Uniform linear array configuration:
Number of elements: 64
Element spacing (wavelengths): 0.75
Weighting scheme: kaiser
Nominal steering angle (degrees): -30
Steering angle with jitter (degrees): -29.458
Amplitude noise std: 0.05
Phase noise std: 0.05

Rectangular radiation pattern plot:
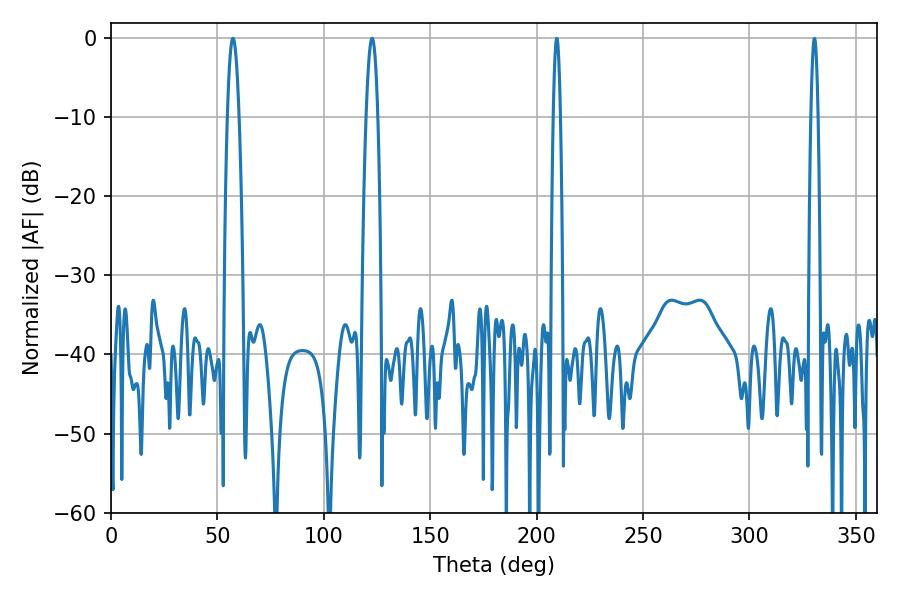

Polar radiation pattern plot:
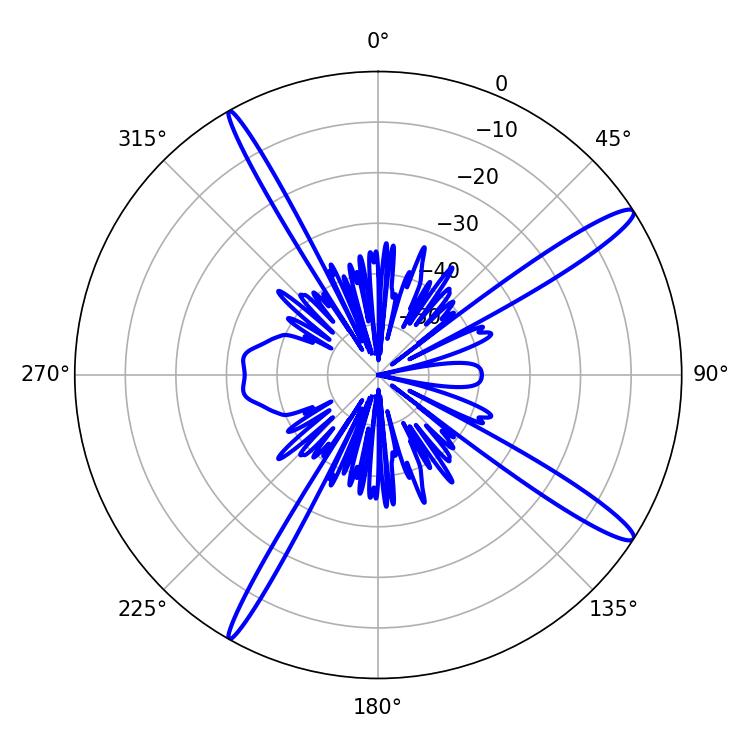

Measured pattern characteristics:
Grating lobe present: TRUE
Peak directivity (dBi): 15.11
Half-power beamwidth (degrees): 3.06
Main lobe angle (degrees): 122.76